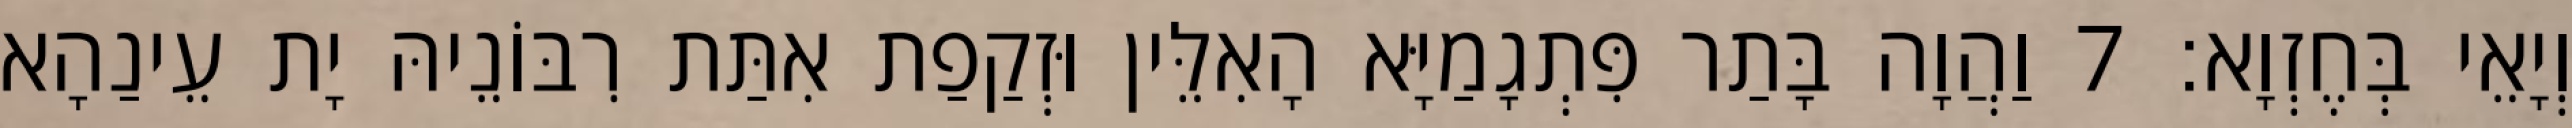
וְיָאֵי בְּחֶזְוָא׃ 7 וַהֲוָה בָּתַר פִּתְגָמַיָּא הָאִלֵּין וּזְקַפַת אִתַּת רִבּוֹנֵיהּ יָת עֵינַהָא